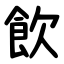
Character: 飮